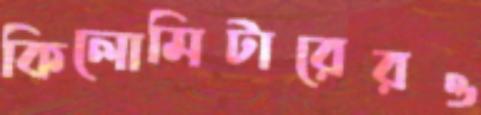
কিলোমিটারেরও